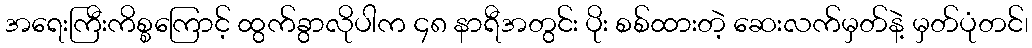
အရေးကြီးကိစ္စကြောင့် ထွက်ခွာလိုပါက ၄၈ နာရီအတွင်း ပိုး စစ်ထားတဲ့ ဆေးလက်မှတ်နဲ့ မှတ်ပုံတင်၊